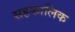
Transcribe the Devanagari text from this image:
सहकालिक